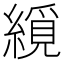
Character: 䌐